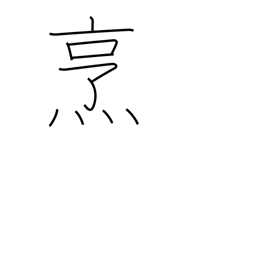
Meaning: boil